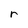
Character: r